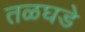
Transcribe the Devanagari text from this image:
तळघडे